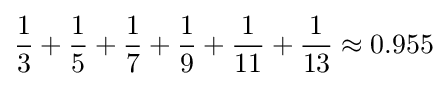
{\frac {1}{3}}+{\frac {1}{5}}+{\frac {1}{7}}+{\frac {1}{9}}+{\frac {1}{11}}+{\frac {1}{13}}\approx 0.955